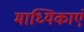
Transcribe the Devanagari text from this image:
माध्यिकाएं